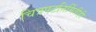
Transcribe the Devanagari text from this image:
चित्रपटनिर्मितीही